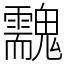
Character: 䰰